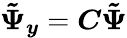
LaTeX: \boldsymbol{\tilde{\Psi}_{y}}=\boldsymbol{C}\boldsymbol{\tilde{\Psi}}